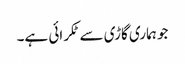
جو ہماری گاڑی سے ٹکرائی ہے۔